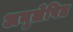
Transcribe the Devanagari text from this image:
अनुलेपित